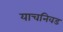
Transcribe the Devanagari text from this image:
याचनिवड